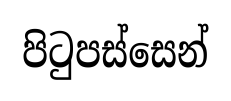
පිටුපස්සෙන්